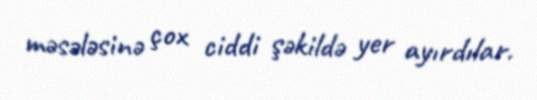
məsələsinə çox ciddi şəkildə yer ayırdılar.